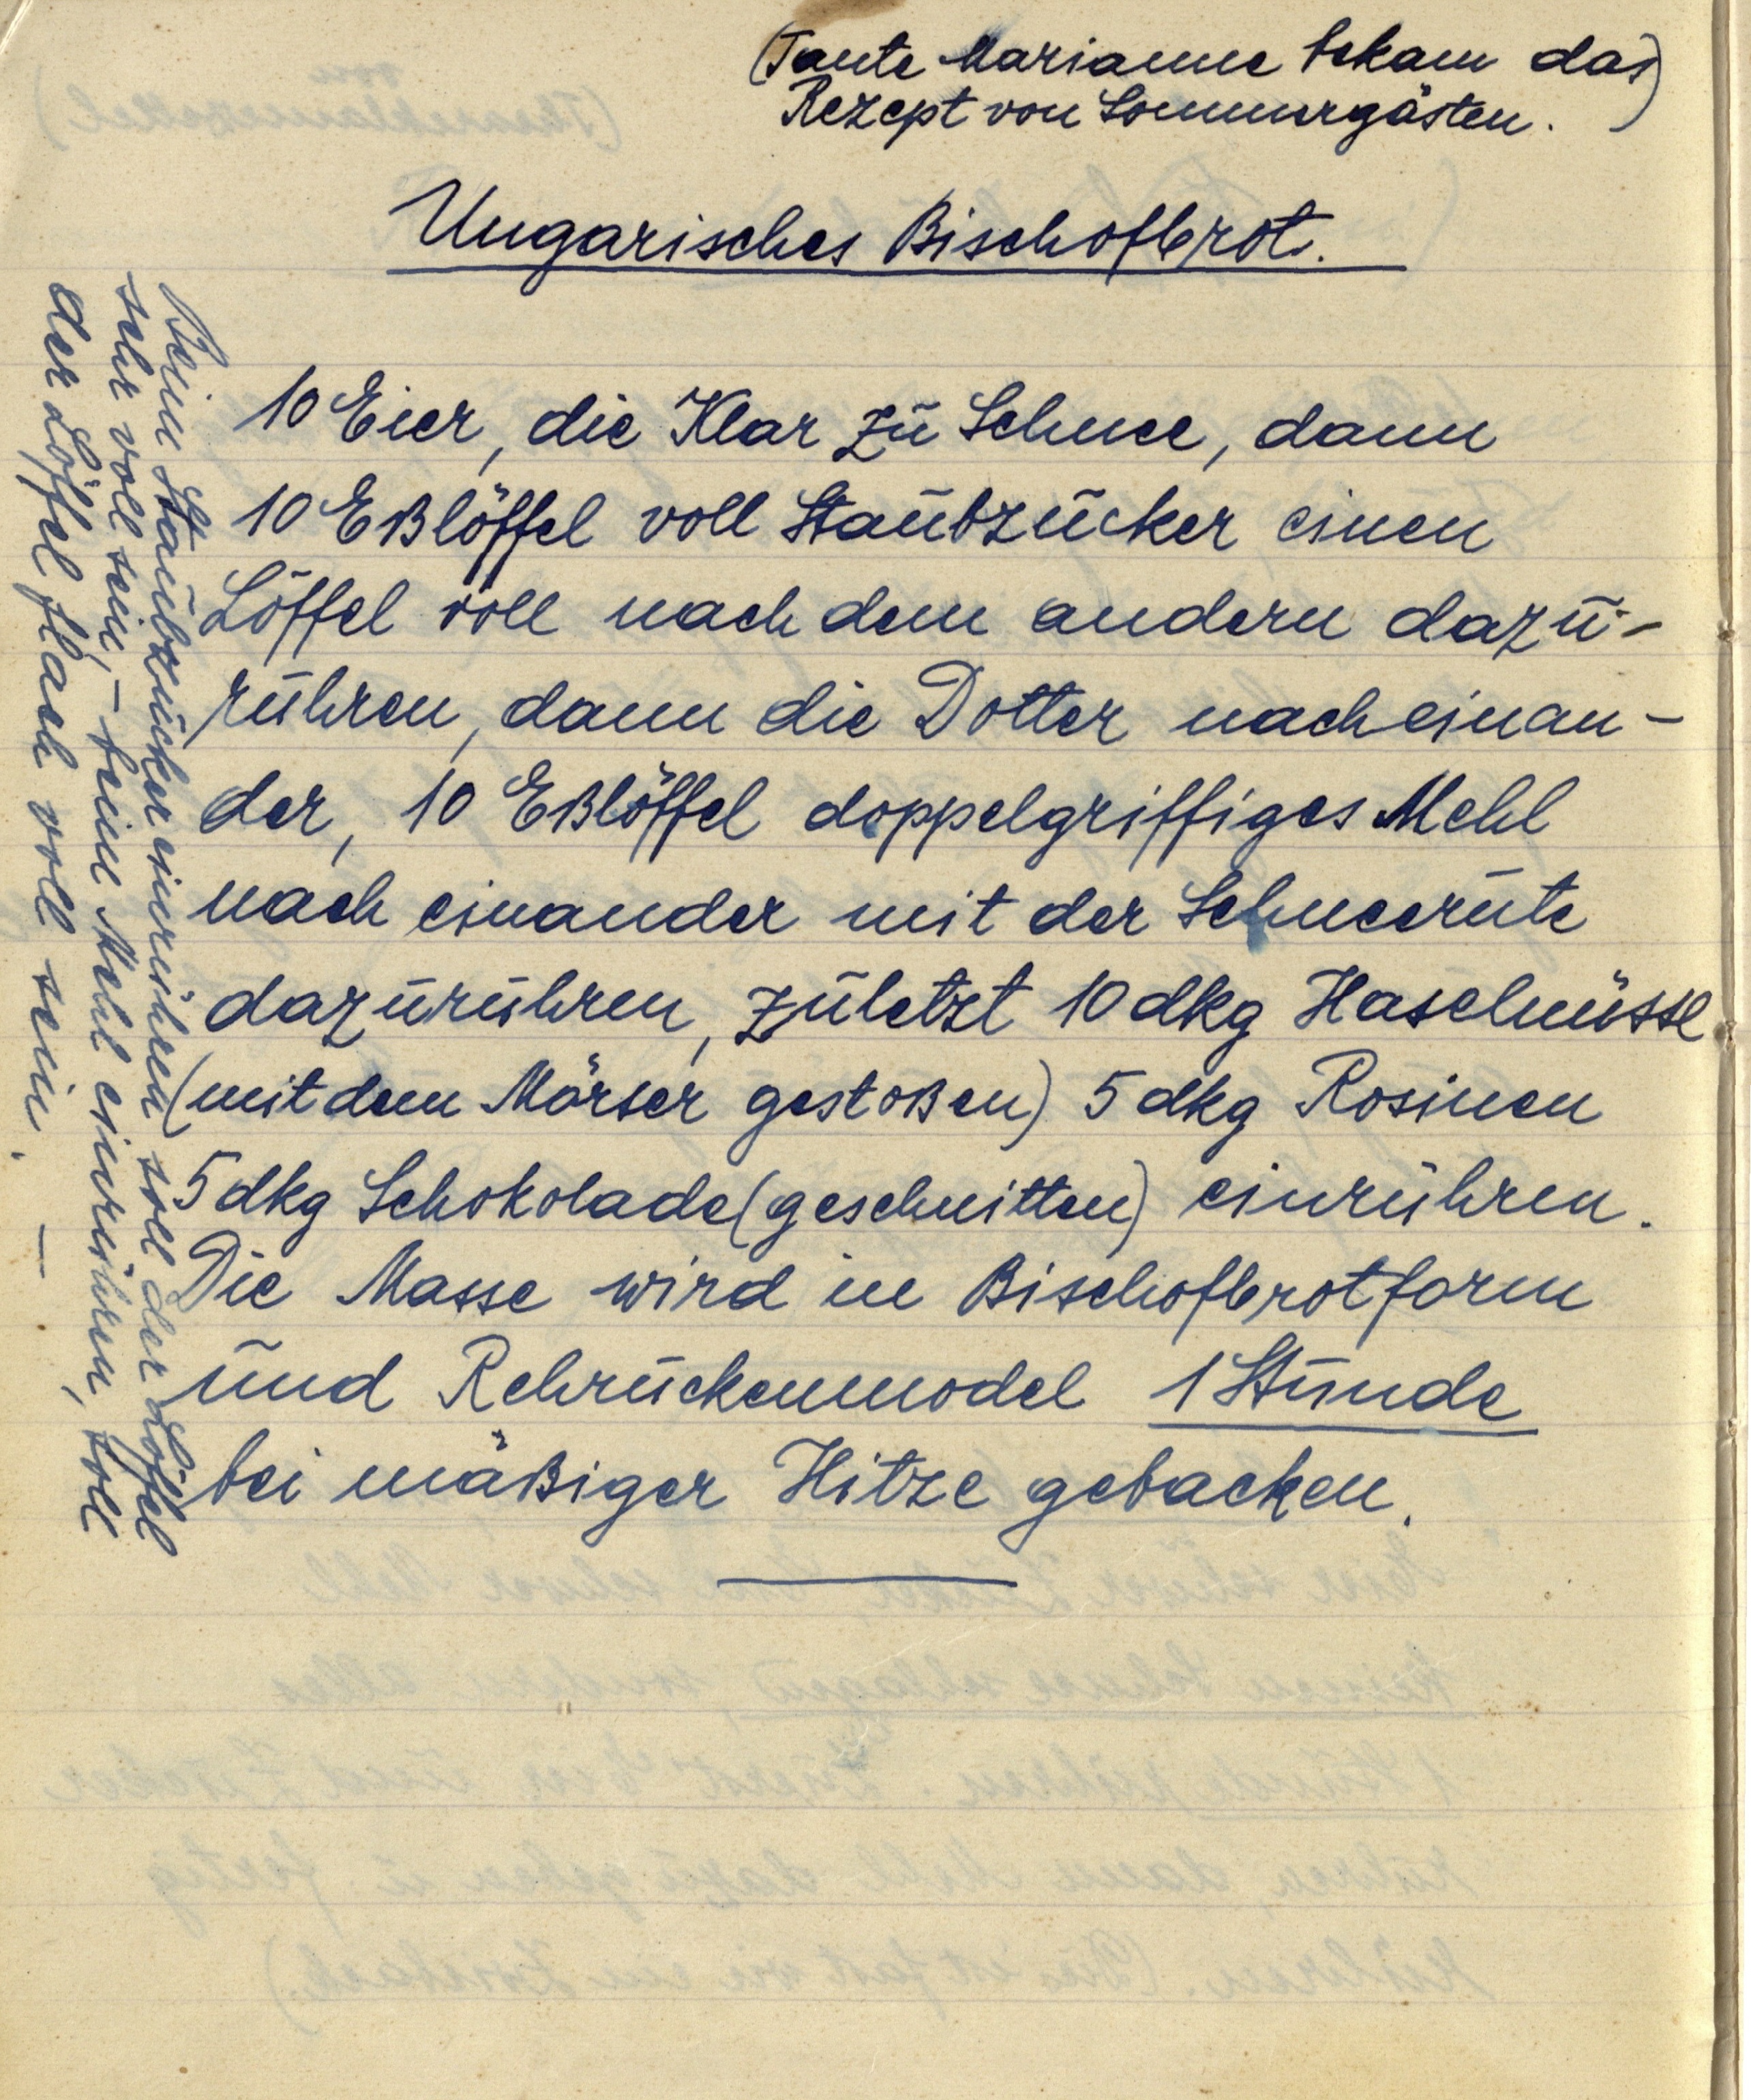
(Tante Marianne bekam das
Rezept von Sommergästen.)

Ungarisches Bischofbrot.

Beim Staubzucker einrühren soll der Löffel
sehr voll sein, — beim Mehl einrühren soll
der Löffel flach voll sein. —

10 Eier, die Klar zu Schnee, dann
10 Eßlöffel voll Staubzucker einen
Löffel voll nach dem andern dazu¬
rühren, dann die Dotter nacheinan¬
der, 10 Eßlöffel doppelgriffiges Mehl
nach einander mit der Schneerute
dazurühren, zuletzt 10 dkg Haselnüsse
(mit dem Mörser gestoßen) 5 dkg Rosinen
5 dkg Schokolade (geschnitten) einrühren.
Die Masse wird in Bischofbrotform
und Rehrückenmodel 1 Stunde
bei mäßiger Hitze gebacken.